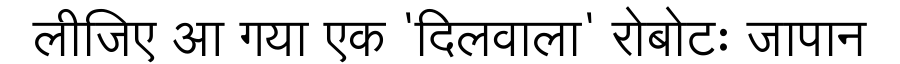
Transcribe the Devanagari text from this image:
लीजिए आ गया एक 'दिलवाला' रोबोटः जापान